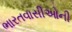
ભારતવાસીઓની